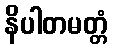
နိပါတမတ္တံ